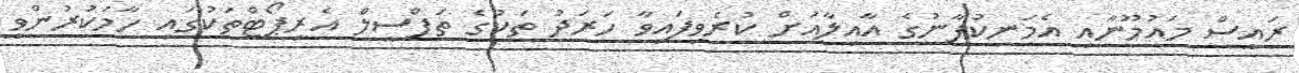
ރައީސް މައުމޫނާއި އެމަނިކުފާނުގެ އާއިލާއަށް ކުރެވިފައިވާ ހަރަދު ތަކުގެ ތަފްސީލް އެރިޕޯޓްތަކުގައި ހާމަކުރުންވީ